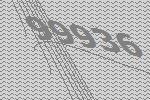
99936